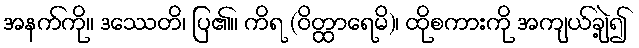
အနက်ကို။ ဒဿေတိ၊ ပြ၏။ ကိရ (ဝိတ္ထာရေမိ)၊ ထိုစကားကို အကျယ်ချဲ့၍